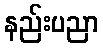
နည်းပညာ